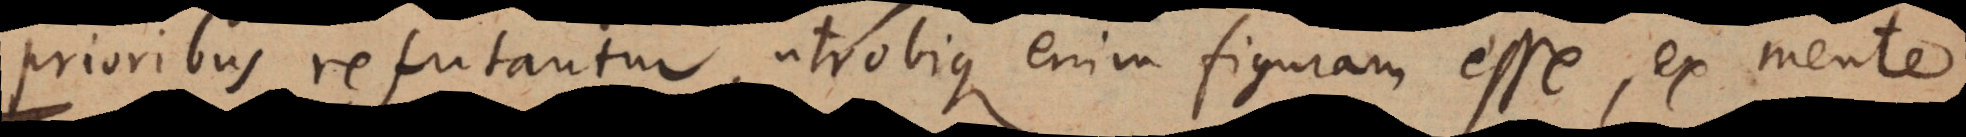
prioribus refutantur, utrobique enim figuram esse, ex men